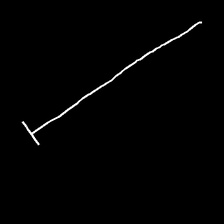
Glyph: column